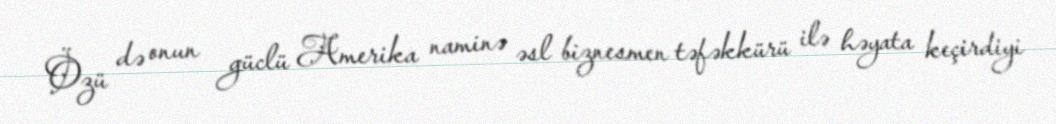
Özü də onun güclü Amerika naminə əsl biznesmen təfəkkürü ilə həyata keçirdiyi